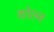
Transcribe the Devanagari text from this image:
कोल्न